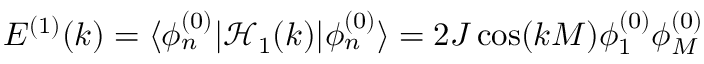
E ^ { ( 1 ) } ( k ) = \langle \phi _ { n } ^ { ( 0 ) } | \mathcal { H } _ { 1 } ( k ) | \phi _ { n } ^ { ( 0 ) } \rangle = 2 J \cos ( k M ) \phi _ { 1 } ^ { ( 0 ) } \phi _ { M } ^ { ( 0 ) }